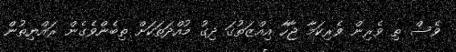
ވެސް ތި ވެރިން ވެރިކަމާ ޖާހާ އިއްޒަތުގަ ދިގު މުއްދަތަކަށް ތިބެންވެގެން ރައްޔިތުން